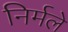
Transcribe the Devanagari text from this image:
निर्मले